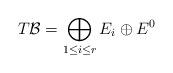
LaTeX: \begin{align*} T\mathcal{B} = \bigoplus_{1\leq i\leq r} E_i\oplus E^0\end{align*}